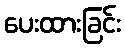
ပေးထားခြင်း